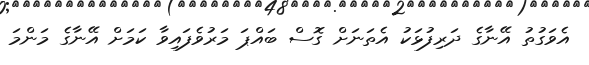
އެވަގުތު އޭނާގެ ދަރިފުޅަކު އެތަނަށް ގޮސް ބައްޕަ މަރުވެފައިވާ ކަމަށް އޭނާގެ މަންމަ